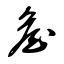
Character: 詹